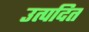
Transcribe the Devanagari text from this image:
उत्पदित